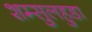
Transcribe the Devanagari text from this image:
शम्सुलहुडा